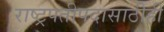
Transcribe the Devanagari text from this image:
राष्ट्रपतीपदासाठीही